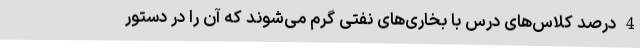
4 درصد کلاس‌های درس با بخاری‌های نفتی گرم می‌شوند که آن را در دستور